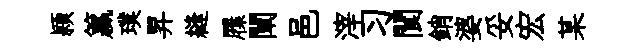
頴籯璞昇縫屧闡邑滓习閬銷婆妥宏某